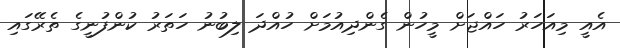
އެއީ މިއަހަރު ހައްޖަށް މީހުން ގެންދިއުމަށް ހުއްދަ ލިބުނު ހަތަރު ކުންފުނީގެ ތެރޭގައި